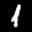
Label: 1